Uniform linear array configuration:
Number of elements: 4
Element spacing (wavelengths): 0.25
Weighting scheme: cosine
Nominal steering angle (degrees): -60
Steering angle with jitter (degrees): -59.597
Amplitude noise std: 0.05
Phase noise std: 0.05

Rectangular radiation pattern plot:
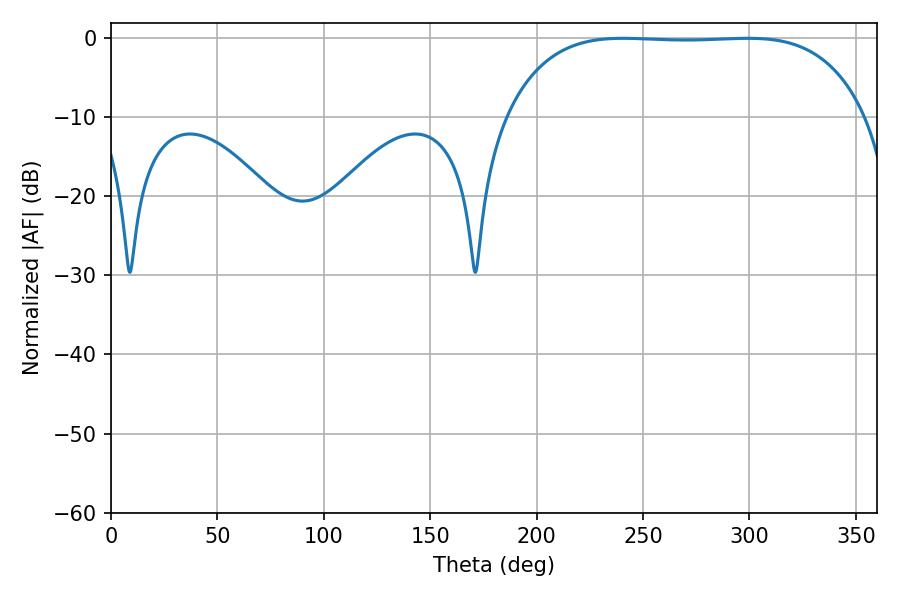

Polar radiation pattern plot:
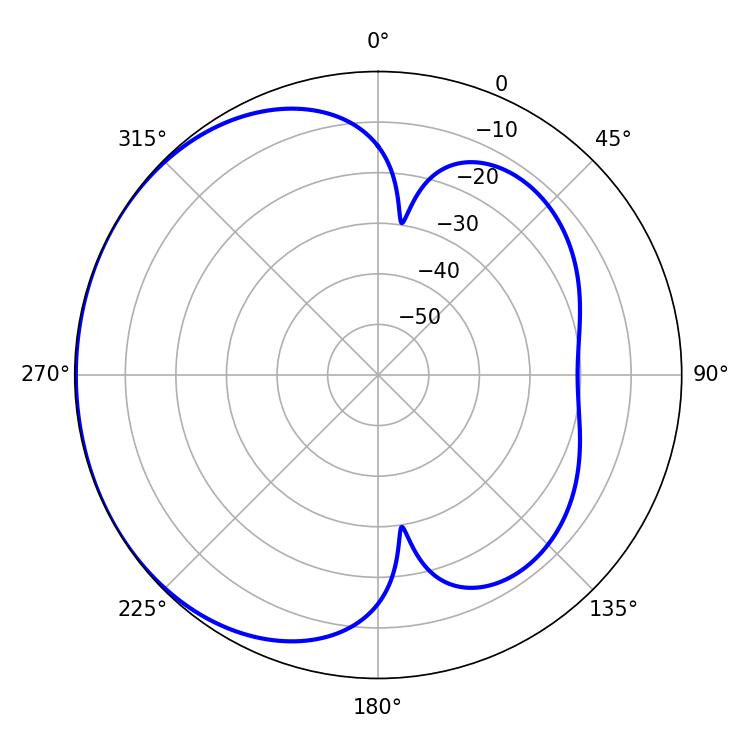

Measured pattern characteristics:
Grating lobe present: FALSE
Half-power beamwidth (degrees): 131.76
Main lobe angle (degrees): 240.66